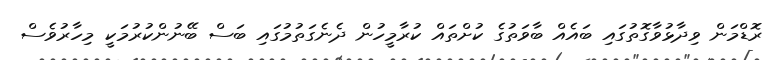
ރޮޑްމަން ވިދާޅުވާގޮތުގައި ބައެއް ބާވަތުގެ ކުށްތައް ކުރާމީހުން ދެނެގަތުމުގައި ބަސް ބޭނުންކުރުމަކީ މިހާރުވެސް